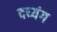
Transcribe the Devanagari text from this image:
दध्यंग